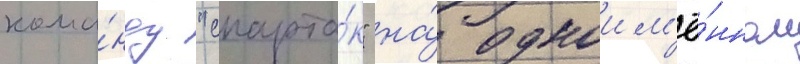
кома́нду "спарта́к" на́ одноим'ё́нном